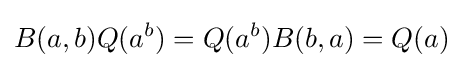
\displaystyle {B(a,b)Q(a^{b})=Q(a^{b})B(b,a)=Q(a)}